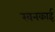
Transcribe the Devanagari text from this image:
खनकाई